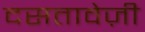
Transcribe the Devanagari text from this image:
दसतावेज़ी